Annual administration report of the Civil Veterinary Department of India - 1898-1899
Year: 1898
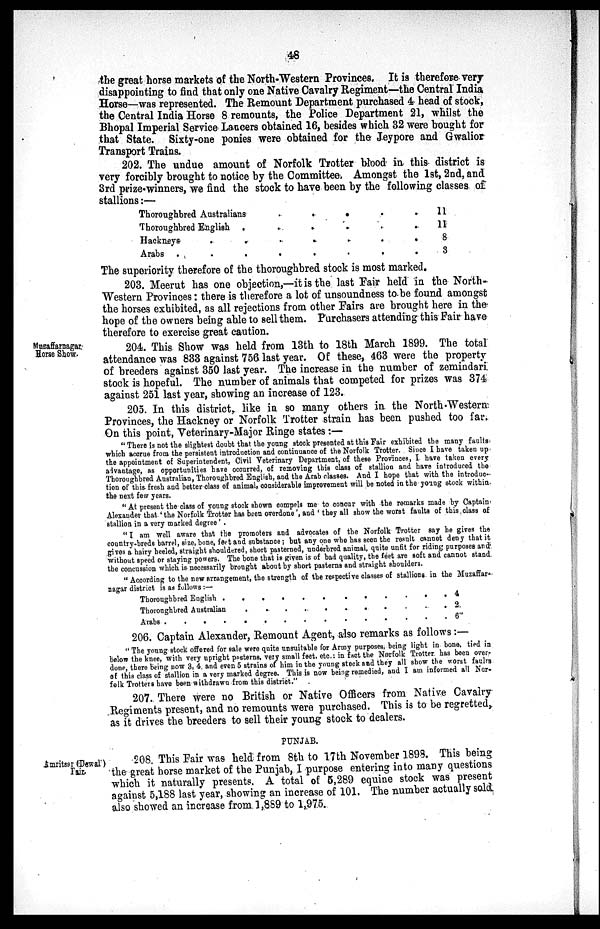
48
the great horse markets of the North-Western Provinces. It is therefore very
disappointing to find that only one Native Cavalry Regiment—the Central India
Horse—was represented. The Remount Department purchased 4 head of stock,
the Central India Horse 8 remounts, the Police Department 21, whilst the
Bhopal Imperial Service Lancers obtained 16, besides which 32 were bought for
that State. Sixty-one ponies were obtained for the Jeypore and Gwalior
Transport Trains.
202. The undue amount of Norfolk Trotter blood in this district is
very forcibly brought to notice by the Committee. Amongst the 1st, 2nd, and
3rd prize winners, we find the stock to have been by the following classes of
stallions:—
Thoroughbred Australians . . . . . .
Thoroughbred English . . . . . .
Hackneys . . . . . .
Arabs . . . . . .
11
11
8
3
The superiority therefore of the thoroughbred stock is most marked.
203. Meerut has one objection,—it is the last Fair held in the North-
Western Provinces: there is therefore a lot of unsoundness to be found amongst
the horses exhibited, as all rejections from other Fairs are brought here in the
hope of the owners being able to sell them. Purchasers attending this Fair have
therefore to exercise great caution.
Muzaffarnagar
Horse Show.
204. This Show was held from 13th to 18th March 1899. The total
attendance was 833 against 756 last year. Of these, 463 were the property
of breeders against 350 last year. The increase in the number of zemindari
stock is hopeful. The number of animals that competed for prizes was 374
against 251 last year, showing an increase of 123.
205. In this district, like in so many others in the North-Western
Provinces, the Hackney or Norfolk Trotter strain has been pushed too far.
On this point, Veterinary-Major Ringe states:—
"There is not the slightest doubt that the young stock presented at this Fair exhibited the many faults
which accrue from the persistent introduction and continuance of the Norfolk Trotter. Since I have taken up
the appointment of Superintendent, Civil Veterinary Department, of these Provinces, I have taken every
advantage, as opportunities have occurred, of removing this class of stallion and have introduced the
Thoroughbred Australian, Thoroughbred English, and the Arab classes. And I hope that with the introduc-
tion of this fresh and better class of animal, considerable improvement will be noted in the young stock within
the next few years.
"At present the class of young stock shown compels me to concur with the remarks made by Captain
Alexander that 'the Norfolk Trotter has been overdone', and 'they all show the worst faults of this class of
stallion in a very marked degree' .
"I am well aware that the promoters and advocates of the Norfolk Trotter say he gives the
country-breds barrel, size, bone, feet and substance; but any one who has seen the result cannot deny that it
gives a hairy heeled, straight shouldered, short pasterned, underbred animal, quite unfit for riding purposes and
without speed or staying powers. The bone that is given is of bad quality, the feet are soft and cannot stand
the concussion which is necessarily brought about by short pasterns and straight shoulders.
"According to the new arrangement, the strength of the respective classes of stallions in the Muzaffar-
nagar district is as follows:—
Thoroughbred English . . . . . . .
Thoroughbred Australian . . . . . .
Arabs . . . . . . . . . .
4
2
6
206. Captain Alexander, Remount Agent, also remarks as follows:—
"The young stock offered for sale were quite unsuitable for Army purposes, being light in bone, tied in
below the knee, with very upright pasterns, very small feet, etc.: in fact the Norfolk Trotter has been over-
done, there being now 3, 4, and even 5 strains of him in the young stock and they all show the worst faults
of this class of stallion in a very marked degree. This is now being remedied, and I am informed all Nor-
folk Trotters have been withdrawn from this district."
207. There were no British or Native Officers from Native Cavalry
Regiments present, and no remounts were purchased. This is to be regretted,
as it drives the breeders to sell their young stock to dealers.
PUNJAB.
Amritsar (Dewali)
Fair.
208. This Fair was held from 8th to 17th November 1898. This being
the great horse market of the Punjab, I purpose entering into many questions
which it naturally presents. A total of 5,289 equine stock was present
against 5,188 last year, showing an increase of 101. The number actually sold
also showed an increase from 1,889 to 1,975.